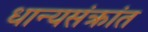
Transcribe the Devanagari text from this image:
धान्यसंक्रांत